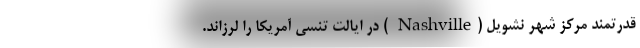
قدرتمند مرکز شهر نشویل (Nashville ) در ایالت تنسی آمریکا را لرزاند.